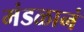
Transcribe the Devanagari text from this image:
मंडळानं